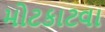
મોટકાટવા